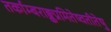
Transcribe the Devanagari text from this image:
तर्काम्बराङ्कप्रमितेष्वतीतेषु